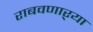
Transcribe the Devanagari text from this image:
राबवणाऱ्या